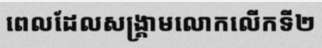
ពេលដែលសង្គ្រាមលោកលើកទី២